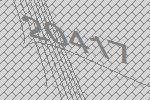
20417